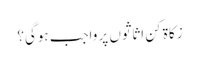
زکاۃ کن اثاثوں پر واجب ہوگی؟